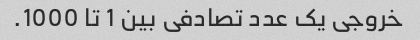
خروجی یک عدد تصادفی بین 1 تا 1000.